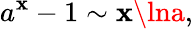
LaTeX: a^{\mathbf{x}}-1\sim\mathbf{x}\lna,